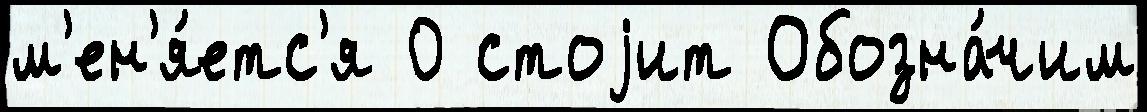
м'ен'я́етс'я 0 стоjит Обозна́чим